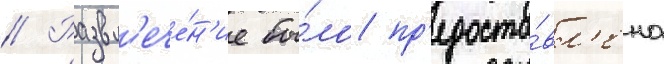
// Развл'ече́н'ие бы́ло пр'едоста́вл'ено